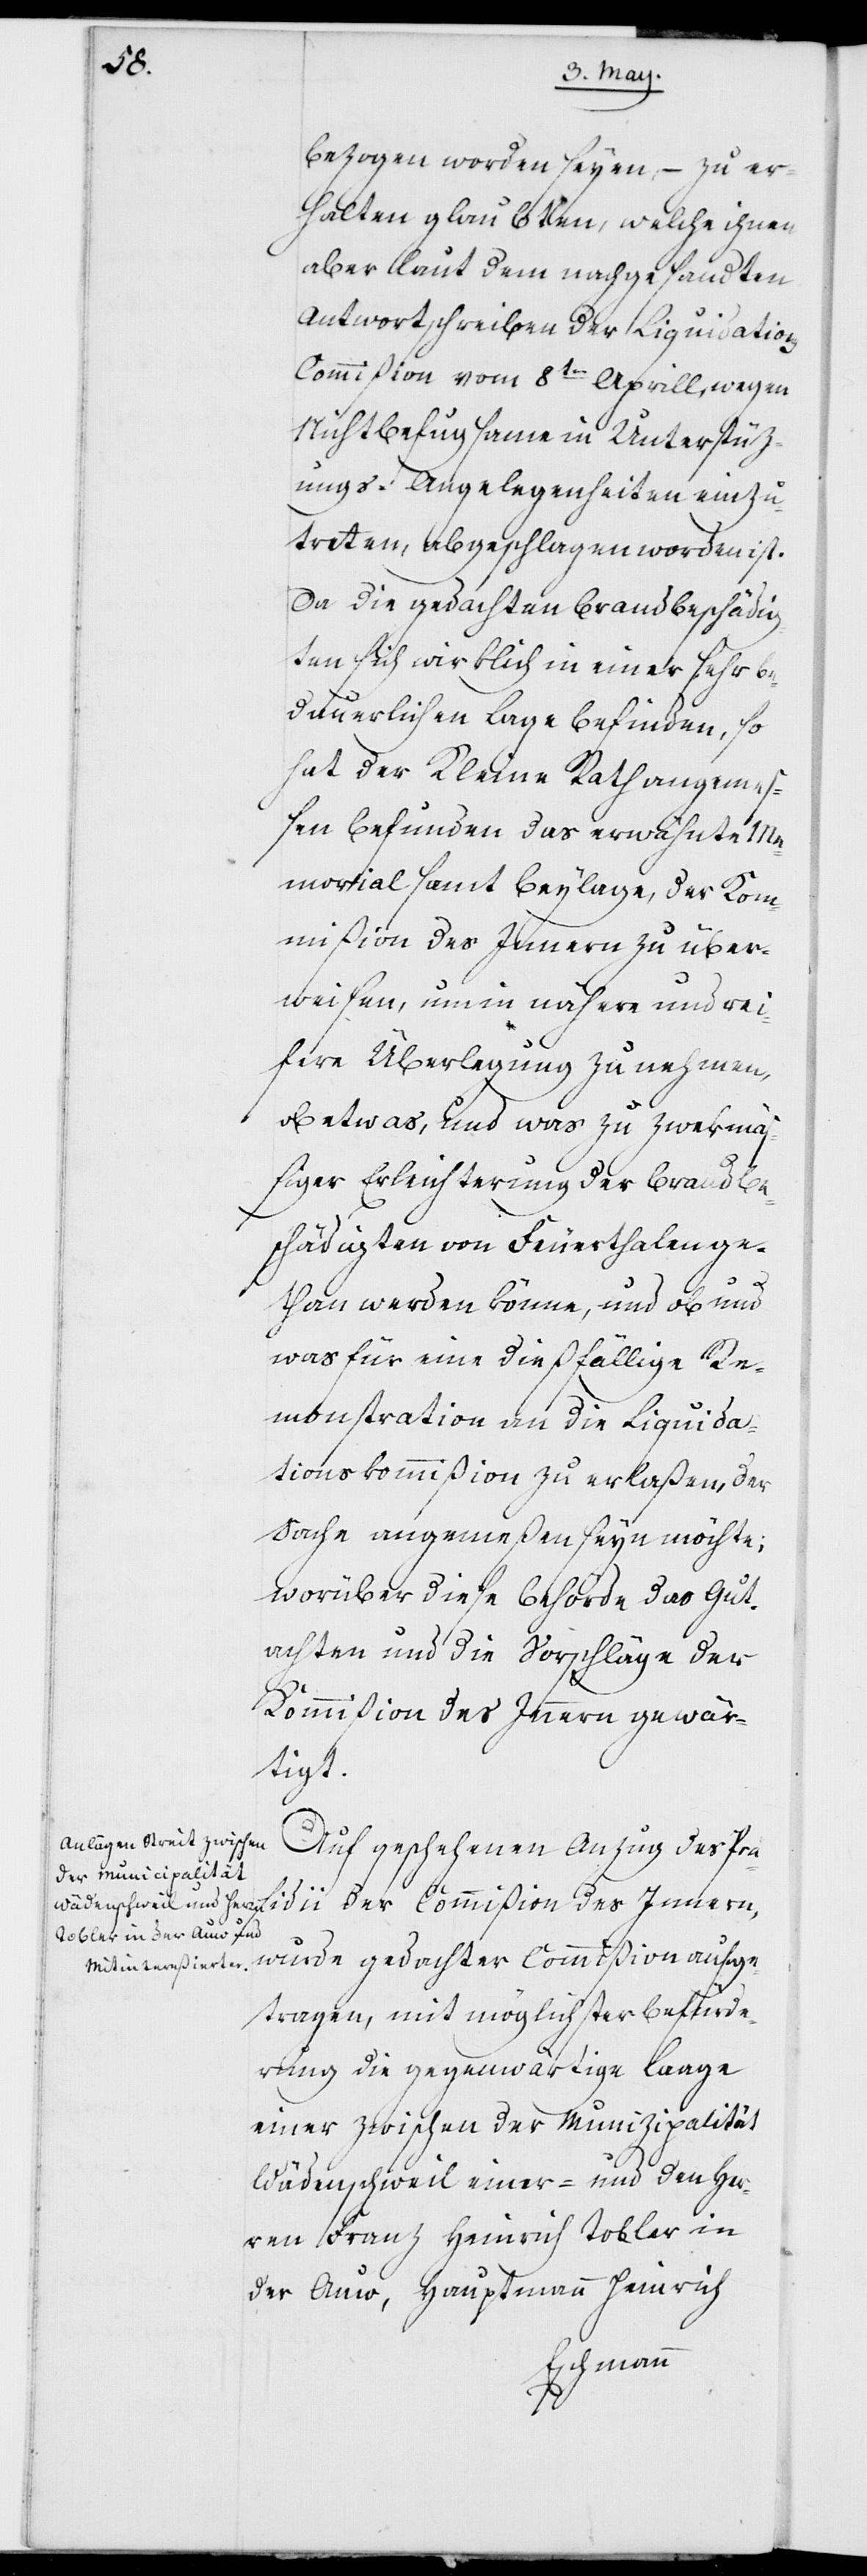
bezogen worden seyen, – zu er¬
halten glaubten, welche ihnen
aber laut dem nachgesandten
Antwortschreiben der Liquidation¬
s-Commißion vom 8ten Aprill wegen
Nichtbefugsame in Unterstüz¬
ungs-Angelegenheiten einzu¬
treten, abgeschlagen worden ist.
Da die gedachten Brandbeschädig¬
ten sich wirklich in einer sehr be¬
dauerlichen Lage befinden, so
hat der Kleine Rath angemeß¬
en befunden, das erwähnte Me¬
morial samt Beylage, der Kom¬
mißion des Innern zu über¬
weisen, um in nähere und rei¬
fere Überlegung zu nehmen,
ob etwas, und was zu zwekmä¬
ßiger Erleichterung der Brandbe¬
schädigten von Feuerthalen ge¬
tan werden könne, und ob und
was für eine dießfällige Re¬
monstration an die Liquida¬
tions-Kommißion zu erlaßen, der
Sache angemeßen seyn möchte;
worüber diese Behörde das Gut¬
achten und die Vorschläge der
Kommißion des Innern gewär¬
tigt.
Auf geschehenen Anzug der Prä¬
sidii der Commißion des Innern,
wurde gedachter Commißion aufge¬
tragen, mit möglichster Beförde¬
rung die gegenwärtige Laage
einer zwischen der Munizipalität
Wädenschweil einer- und den Her¬
ren Franz Heinrich Tobler in
der Auw, Hauptmann Heinrich